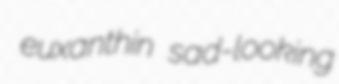
euxanthin sad-looking